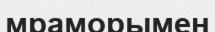
мраморымен